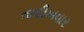
તારીખવાર